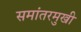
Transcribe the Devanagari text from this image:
समांतरमुखी